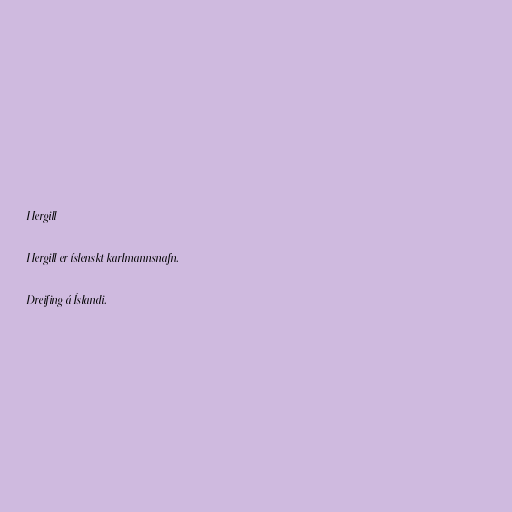
Hergill

Hergill er íslenskt karlmannsnafn.

Dreifing á Íslandi.